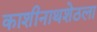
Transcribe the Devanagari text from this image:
काशीनाथशेठला